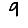
Digit: 9